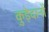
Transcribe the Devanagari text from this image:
कुड़ेदानों